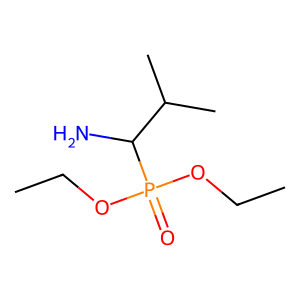
SMILES: CCOP(=O)(OCC)C(N)C(C)C
Inhibits HIV replication: No